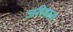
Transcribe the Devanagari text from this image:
जरीवाल